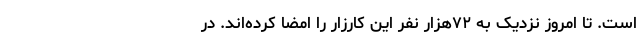
است. تا امروز نزدیک به ۷۲هزار نفر این کارزار را امضا کرده‌اند. در